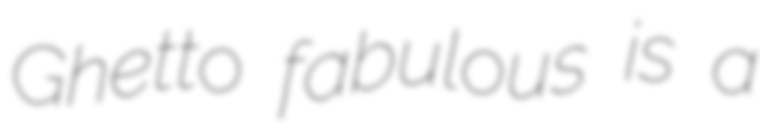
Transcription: Ghetto fabulous is a